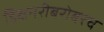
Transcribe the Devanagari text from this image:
डिक्षनरीबरोबरच